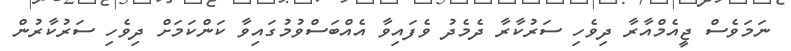
ނަމަވެސް ޖީއެމްއާރާ ދިވެހި ސަރުކާރާ ދެމެދު ވެފައިވާ އެއްބަސްވުމުގައިވާ ކަންކަމަށް ދިވެހި ސަރުކާރުން